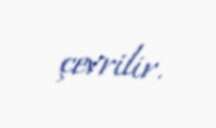
çevrilir.